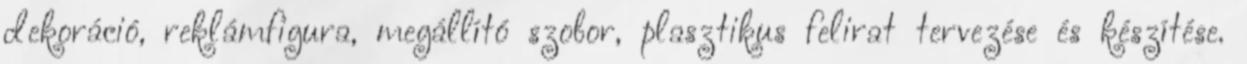
dekoráció, reklámfigura, megállító szobor, plasztikus felirat tervezése és készítése.